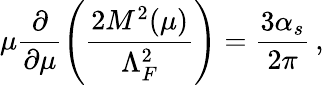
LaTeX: \mu\frac{\partial}{\partial\mu}\left(\frac{2M^{2}(\mu)}{\Lambda_{F}^{2}}\right)=\frac{3\alpha_{s}}{2\pi}\, ,